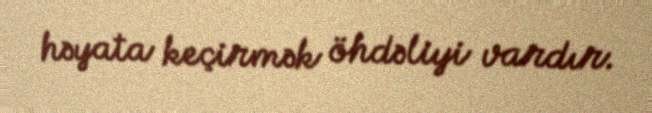
həyata keçirmək öhdəliyi vardır.